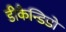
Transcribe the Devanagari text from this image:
डीकैन्डिडो